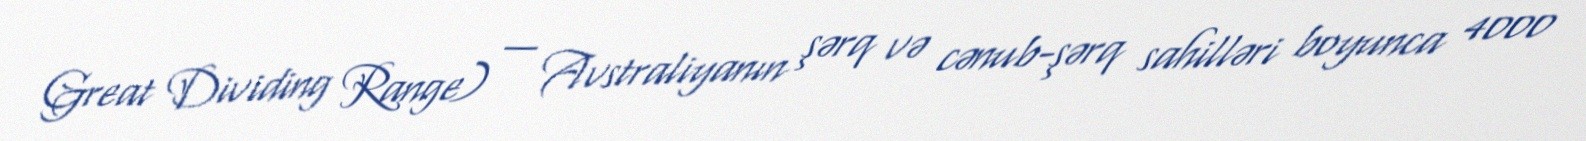
Great Dividing Range) — Avstraliyanın şərq və cənub-şərq sahilləri boyunca 4000